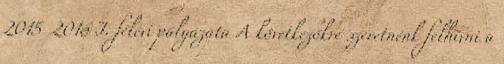
2015 2016 I. félévi pályázata A következőkre szeretnénk felhívni a